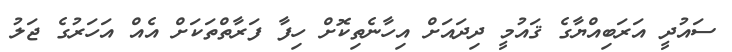
ސައުދީ އަރަބިއްޔާގެ ޤައުމީ ދިދައަށް އިހާނެތިކޮށް ހިފާ ފަރާތްތަކަށް އެއް އަހަރުގެ ޖަލު